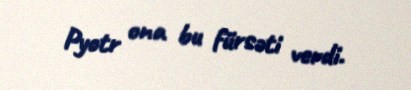
Pyotr ona bu fürsəti verdi.